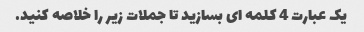
یک عبارت 4 کلمه ای بسازید تا جملات زیر را خلاصه کنید.